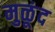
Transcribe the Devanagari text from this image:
मुळूंद